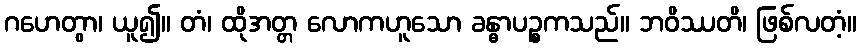
ဂဟေတွာ၊ ယူ၍။ တံ၊ ထိုအတ္တ လောကဟူသော ခန္ဓာပဉ္စကသည်။ ဘဝိဿတိ၊ ဖြစ်လတံ့။